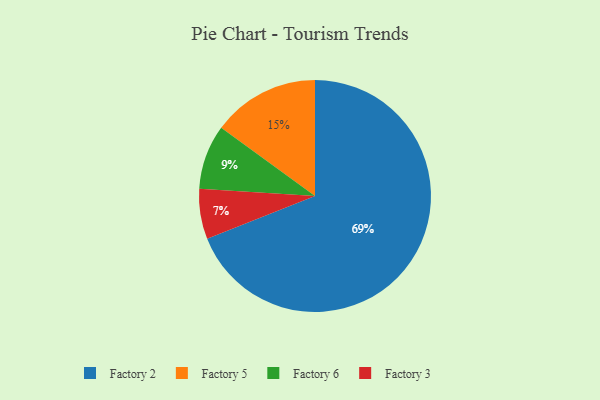
{"axis": {"x": "Category", "y": "Percentage"}, "legend": ["Factory 2", "Factory 3", "Factory 5", "Factory 6"], "data": [{"x": "Factory 3", "y": 7, "type": "Factory 3"}, {"x": "Factory 6", "y": 9, "type": "Factory 6"}, {"x": "Factory 5", "y": 15, "type": "Factory 5"}, {"x": "Factory 2", "y": 69, "type": "Factory 2"}]}